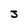
Character: J